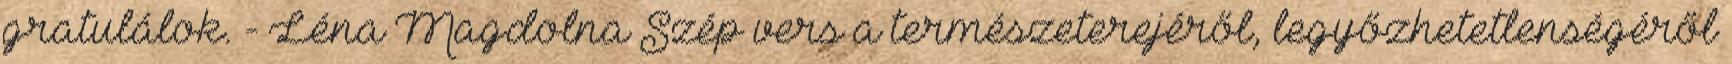
gratulálok. - Léna Magdolna Szép vers a természeterejéről, legyőzhetetlenségéről